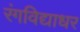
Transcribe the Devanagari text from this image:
रंगविद्याधर